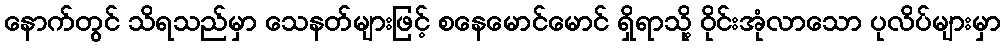
နောက်တွင် သိရသည်မှာ သေနတ်များဖြင့် စနေမောင်မောင် ရှိရာသို့ ဝိုင်းအုံလာသော ပုလိပ်များမှာ